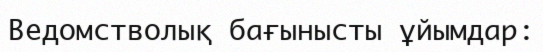
Ведомстволық бағынысты ұйымдар: